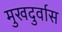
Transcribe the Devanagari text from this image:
मुखदुर्वास